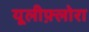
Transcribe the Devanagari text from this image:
यूलीफ़्लोरा